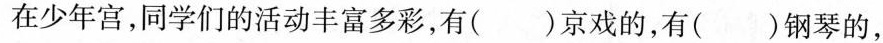
在少年宫，同学们的活动丰富多彩，有()京戏的，有()钢琴的，